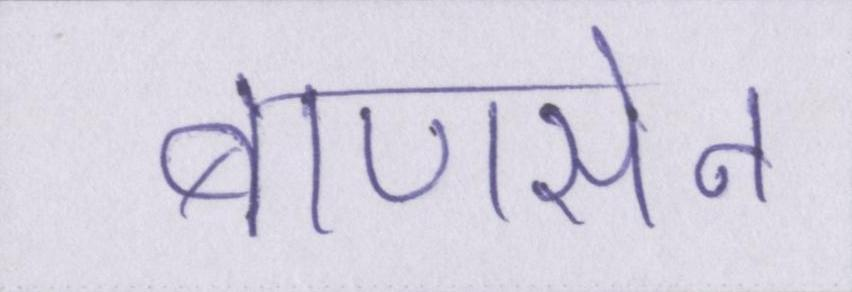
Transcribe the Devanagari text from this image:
बाणसेन